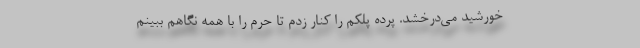
خورشید می‌درخشد. پرده پلکم را کنار زدم تا حرم را با همه نگاهم ببینم